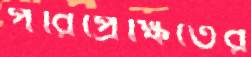
পরিপ্রেক্ষিতের